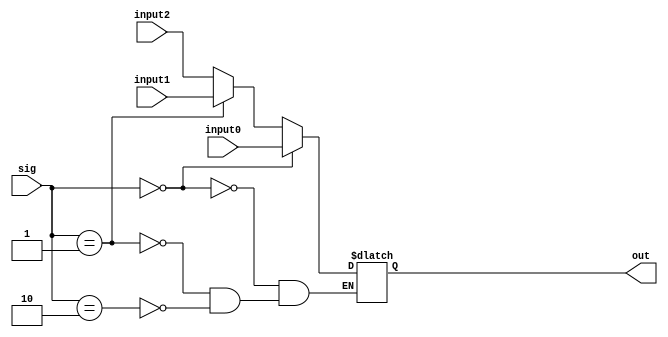
// File Name: mux_2to1
`timescale 1ns/10ps

module multiplexer3to1 (
	input wire [31:0] input0,
	input wire [31:0] input1,
	input wire [31:0] input2,
	
	input wire [2:0] sig,
	output reg [31:0] out
);

always@(*)begin
		if (sig==0) 
			out[31:0] <= input0[31:0];
		
		else if (sig==1)
			out[31:0] <= input1[31:0];
		else if (sig==2)
			out[31:0] <= input2[31:0];	
	end

endmodule